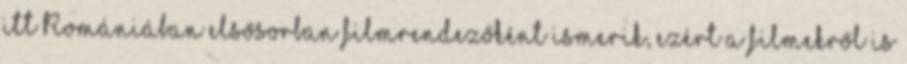
itt Romániában elsősorban filmrendezőként ismerik, ezért a filmekről is